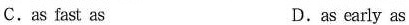
C.as fast as D.as early as